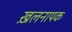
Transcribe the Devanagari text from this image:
ख़लनायक